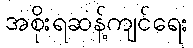
အစိုးရဆန့်ကျင်ရေး